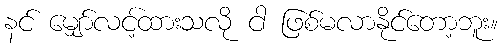
နင် မျှော်လင့်ထားသလို ငါ ဖြစ်မလာနိုင်တော့ဘူး။